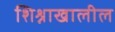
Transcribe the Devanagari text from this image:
शिश्नाखालील